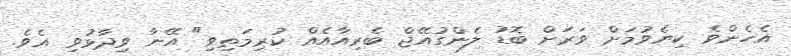
އެހެންވެ ކިޔެވުމަށް ވަރަށް ބޮޑު ލެންގުއޭޖް ބެރިއާއެއް ކުރިމަތިވި" އޭނާ ވިދާޅުވި އެވެ.